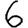
Digit: 6